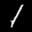
Label: 1